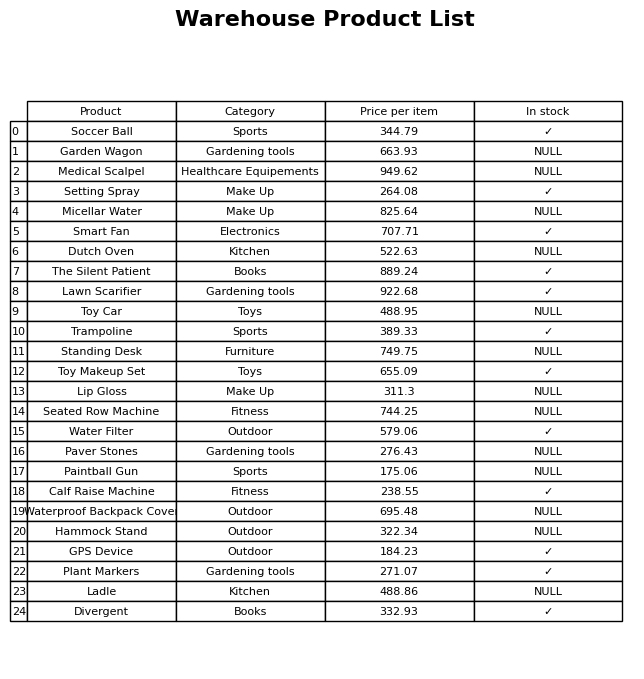
question: What is the price of the Soccer Ball?
answer: The price of Soccer Ball is 344.79.